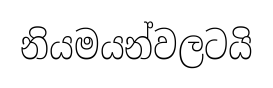
නියමයන්වලටයි